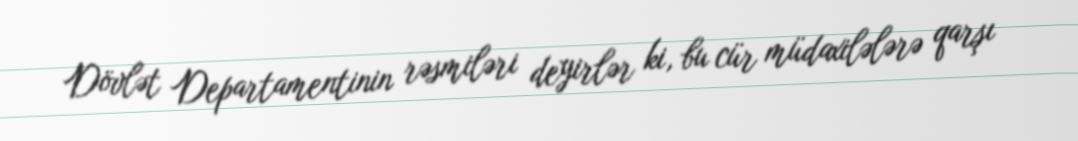
Dövlət Departamentinin rəsmiləri deyirlər ki, bu cür müdaxilələrə qarşı